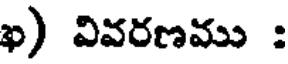
ఖ) వివరణము :